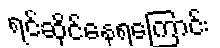
ရင်ဆိုင်နေရကြောင်း